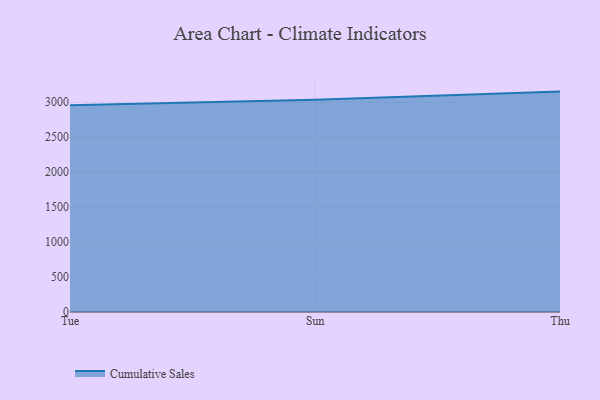
{"axis": {"x": "Day", "y": "Net Income (USD K)"}, "legend": ["Cumulative Sales"], "data": [{"x": "Tue", "y": 2957.9, "type": "Cumulative Sales"}, {"x": "Sun", "y": 3035.3, "type": "Cumulative Sales"}, {"x": "Thu", "y": 3152.8, "type": "Cumulative Sales"}]}